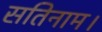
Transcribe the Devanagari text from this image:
सतिनाम।